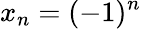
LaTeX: x_{n}=(-1)^{n}